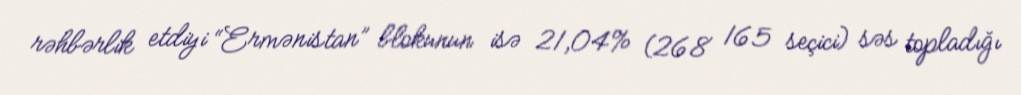
rəhbərlik etdiyi “Ermənistan” blokunun isə 21,04% (268 165 seçici) səs topladığı